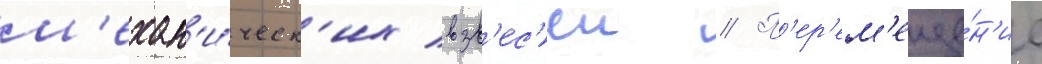
м'ехан'и́ческ'их взв'ес'еи // П'ер'ем'еще́н'ие